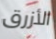
الأزرق